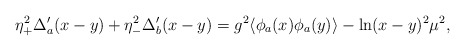
\begin{align*}\eta_+^2\Delta_a'(x-y)+\eta_-^2\Delta_b'(x-y) = g^2\langle\phi_a(x)\phi_a(y)\rangle - \ln(x-y)^2\mu^2,\end{align*}